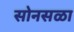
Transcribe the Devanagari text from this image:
सोनसळा